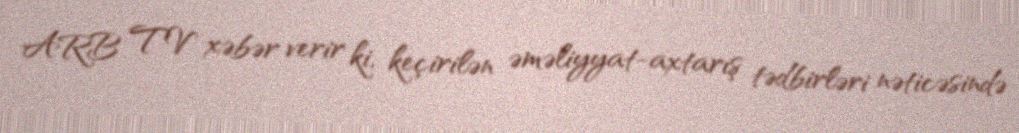
ARB TV xəbər verir ki, keçirilən əməliyyat-axtarış tədbirləri nəticəsində